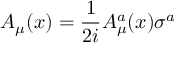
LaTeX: A _ { \mu } ( x ) = { \frac { 1 } { 2 i } } A _ { \mu } ^ { a } ( x ) \sigma ^ { a }